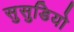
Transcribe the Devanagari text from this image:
सुसुडियो